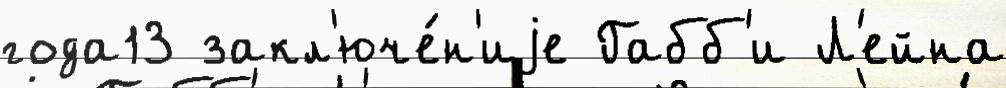
года13 закл'юче́н'иjе Габб'и Л'ейна